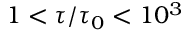
1 < \tau / \tau _ { 0 } < 1 0 ^ { 3 }